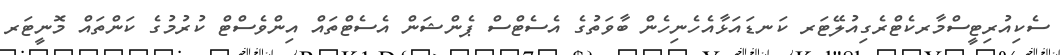
ސެކިއުރިޓީސްމާރކެޓްރެގިއުލޭޓަރ ކަނޑައަޅާއެހެނިހެން ބާވަތުގެ އެސެޓްސް ޕެންޝަން އެސެޓްތައް އިންވެސްޓް ކުރުމުގެ ކަންތައް މޮނީޓަރ